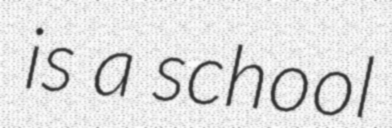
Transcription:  is a school